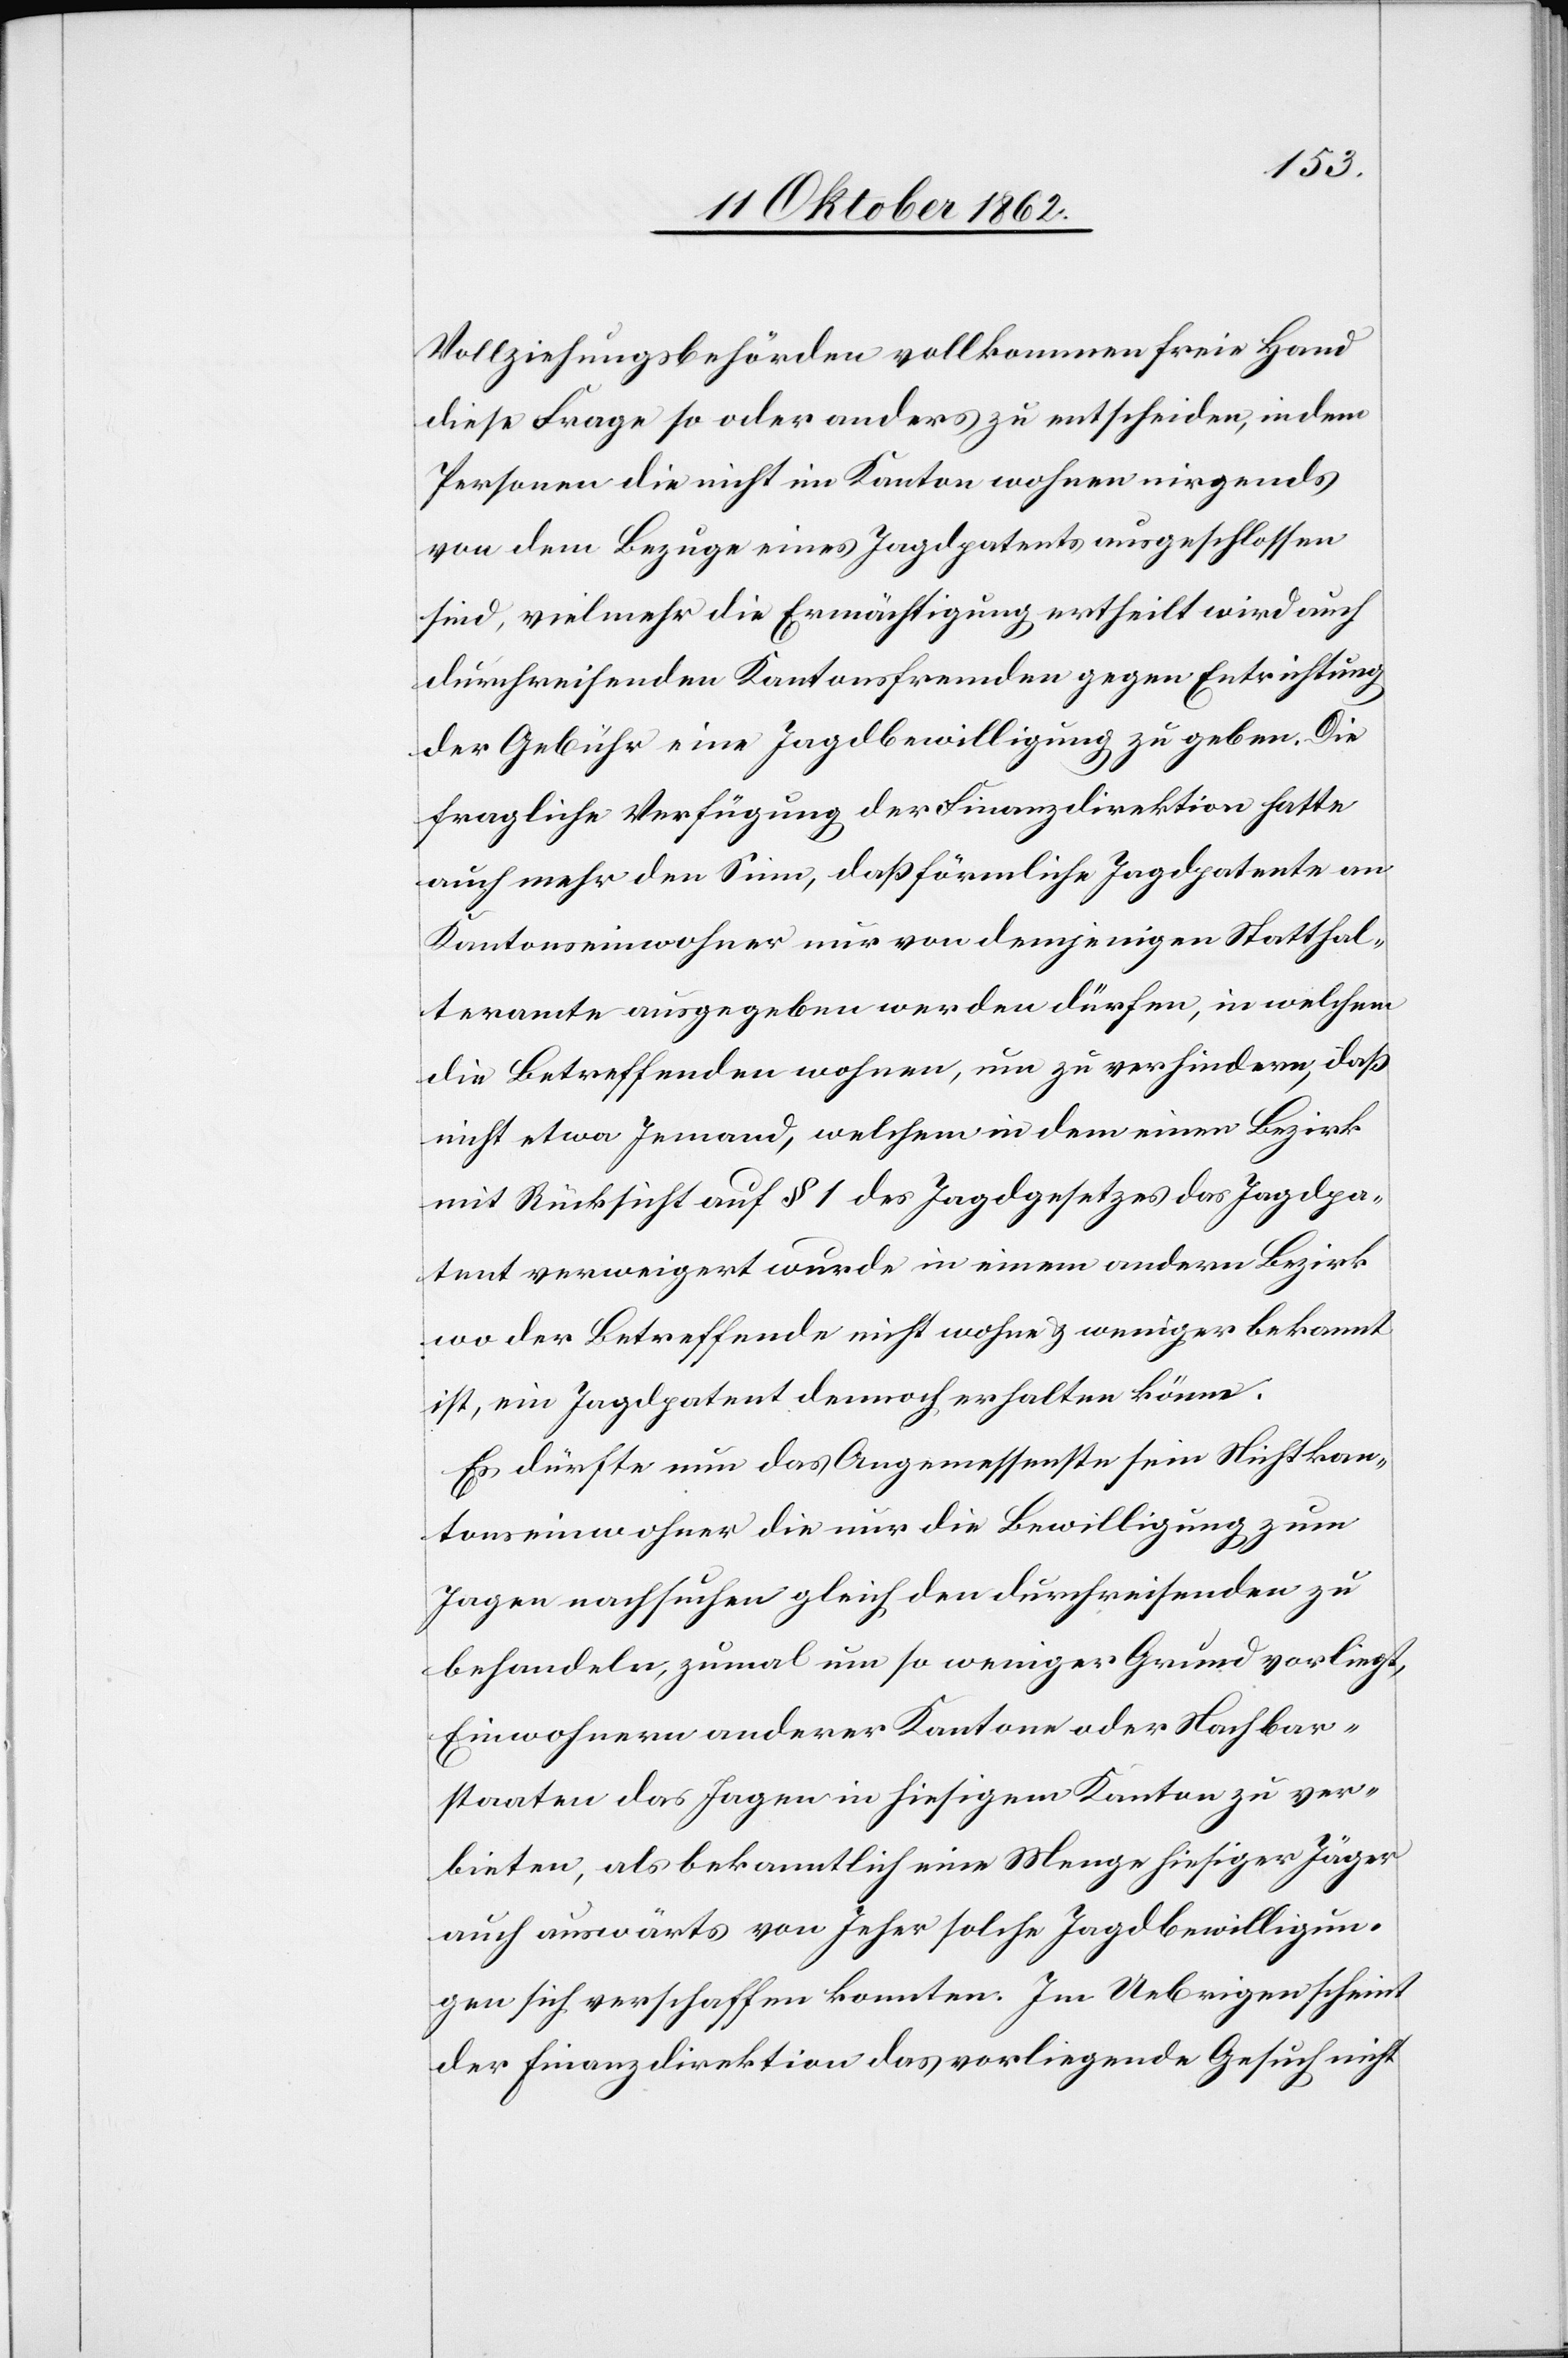
Vollziehungsbehörden vollkommen freie Hand
diese Frage so oder anders zu entscheiden, indem
Personen die nicht im Kanton wohnen nirgends
von dem Bezuge eines Jagdpatents ausgeschlossen
sind, vielmehr die Ermächtigung ertheilt wird auch
durchreisenden Kantonsfremden gegen Entrichtung
der Gebühr eine Jagdbewilligung zu geben. Die
fragliche Verfügung der Finanzdirektion hatte
auch mehr den Sinn, daß förmliche Jagdpatente an
Kantonseinwohner nur von demjenigen Statthal¬
teramte ausgegeben werden dürfen, in welchem
die Betreffenden wohnen, um zu verhindern, daß
nicht etwa Jemand, welchem in dem einen Bezirk
mit Rücksicht auf § 1 des Jagdgesetzes das Jagdpa¬
tent verweigert wurde in einem andern Bezirk
wo der Betreffende nicht wohne u. weniger bekannt
ist, ein Jagdpatent dennoch erhalten könne.
Es dürfte nun das Angemessenste sein[,] Nichtskan¬
tonseinwohner die nur die Bewilligung zum
Jagen nachsuchen gleich den Durchreisenden zu
behandeln, zumal um so weniger Grund vorliegt,
Einwohnern anderer Kantone oder Nachbar¬
staaten das Jagen in hiesigem Kanton zu ver¬
bieten, als bekanntlich eine Menge hiesiger Jäger
auch auswärts von Jeher solche Jagdbewilligun¬
gen sich verschaffen konnten. Im Uebrigen scheint
der Finanzdirektion das vorliegende Gesuch nicht